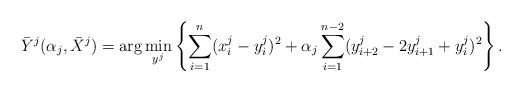
LaTeX: \begin{align*}\bar{Y}^j( \alpha_j, \bar{X}^j) =\arg \min_{y^j} \left\{ \sum_{i=1}^n(x_i^j-y_i^j)^2+\alpha_j\sum_{i=1}^{n-2}( y_{i+2}^{ j}-2 y_{i+1}^{j}+ y_i^{j})^2\right\}.\end{align*}